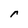
Character: r